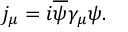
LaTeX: j _ { \mu } = i \overline { { { \psi } } } \gamma _ { \mu } \psi .